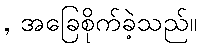
, အခြေစိုက်ခဲ့သည်။